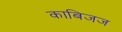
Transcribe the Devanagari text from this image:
काबिजज